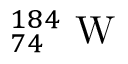
_ { 7 4 } ^ { 1 8 4 } \mathrm { ~ W ~ }